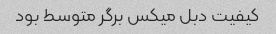
کیفیت دبل میکس برگر متوسط بود